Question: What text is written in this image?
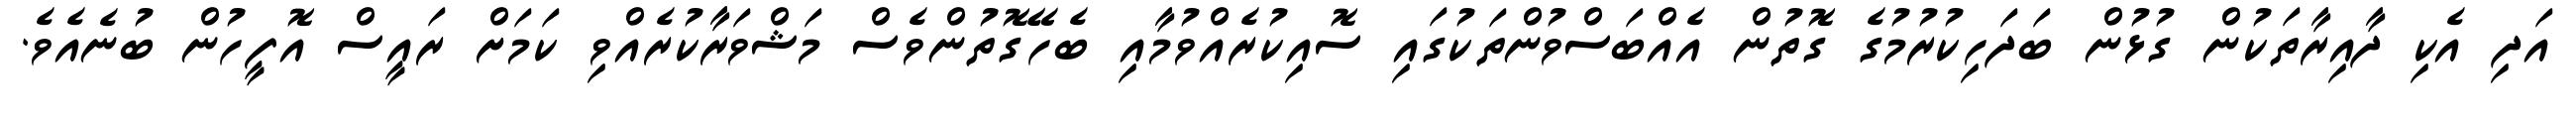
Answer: އަދި އެކި ދާއިރާތަކުން ގުޅުން ބަދަހިކުރުމުގެ ގޮތުން އެއްބަސްވުންތަކުގައި ސޮއިކުރެއްވުމާއި ބެހޭގޮތުންވެސް މަޝްވަރާކުރެއްވި ކަމަށް ރައީސް އޮފީހުން ބުނެއެވެ.